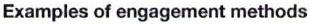
Examples of engagement methods